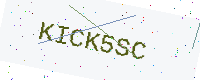
Text: KICK5SC